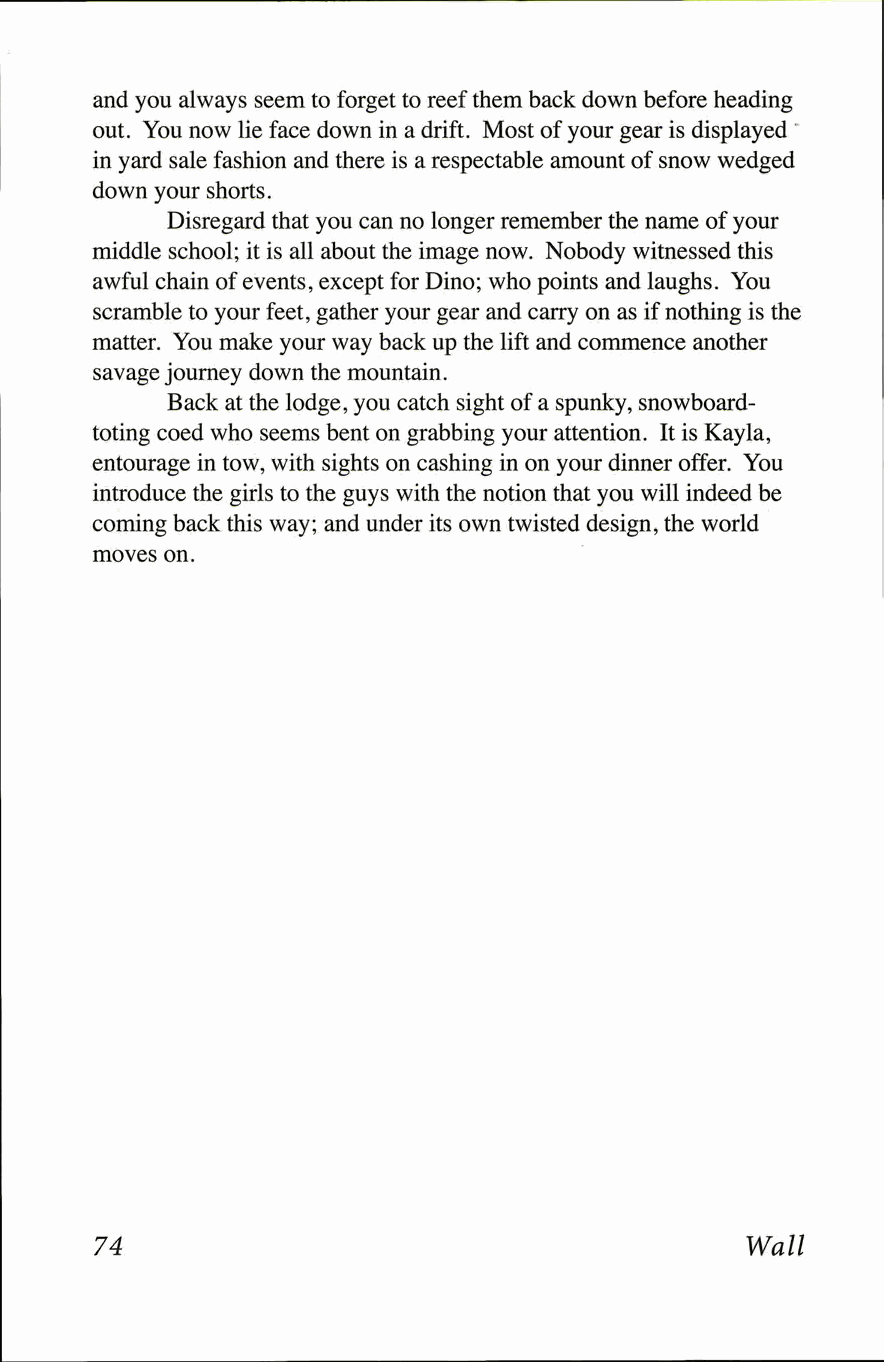
and you always seem to forget to reef them back down before heading
 out. You now lie face down in a drift. Most of your gear is displayed
 in yard sale fashion and there is a respectable amount of snow wedged
 down your shorts.
 Disregard that you can no longer remember the name of your
 middle school; it is all about the image now. Nobody witnessed this
 awful chain of events, except for Dino; who points and laughs. You
 scramble to your feet, gather your gear and carry on as if nothing is the
 matter. You make your way back up the lift and commence another
 savage journey down the mountain.
 Back at the lodge, you catch sight of a spunky, snowboard-
 toting coed who seems bent on grabbing your attention. It is Kayl a,
 entourage in tow, with sights on cashing in on your dinner offer. You
 introduce the girls to the guys with the notion that you will indeed be
 coming back this way; and under its own twisted design, the world
 moves on.
 74                                         Wall